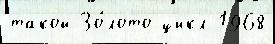
такой Зо́лото цикл 1968